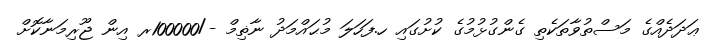
ޢަދަދެއްގެ މަސްތުވާތަކެތި ގެންގުޅުމުގެ ކުށުގައި ހ.ފަހަލަ މުޙައްމަދު ނާޡިމް -/100000ރ އިން ޖޫރިމަނާކޮށް